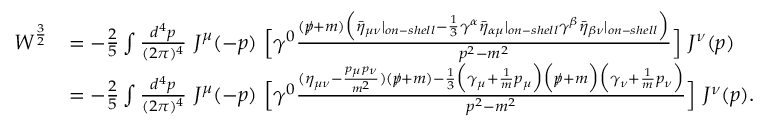
{ \begin{array} { r l } { W ^ { \frac { 3 } { 2 } } } & { = - { \frac { 2 } { 5 } } \int { \frac { d ^ { 4 } p } { ( 2 \pi ) ^ { 4 } } } ~ J ^ { \mu } ( - p ) ~ { \Big [ } \gamma ^ { 0 } { \frac { ( p \! \! \! / + m ) { \Big ( } { \bar { \eta } } _ { \mu \nu } | _ { o n - s h e l l } - { \frac { 1 } { 3 } } \gamma ^ { \alpha } { \bar { \eta } } _ { \alpha \mu } | _ { o n - s h e l l } \gamma ^ { \beta } { \bar { \eta } } _ { \beta \nu } | _ { o n - s h e l l } { \Big ) } } { p ^ { 2 } - m ^ { 2 } } } { \Big ] } ~ J ^ { \nu } ( p ) } \\ & { = - { \frac { 2 } { 5 } } \int { \frac { d ^ { 4 } p } { ( 2 \pi ) ^ { 4 } } } ~ J ^ { \mu } ( - p ) ~ { \Big [ } \gamma ^ { 0 } { \frac { ( \eta _ { \mu \nu } - { \frac { p _ { \mu } p _ { \nu } } { m ^ { 2 } } } ) ( p \! \! \! / + m ) - { \frac { 1 } { 3 } } { \Big ( } \gamma _ { \mu } + { \frac { 1 } { m } } p _ { \mu } { \Big ) } { \Big ( } p \! \! \! / + m { \Big ) } { \Big ( } \gamma _ { \nu } + { \frac { 1 } { m } } p _ { \nu } { \Big ) } } { p ^ { 2 } - m ^ { 2 } } } { \Big ] } ~ J ^ { \nu } ( p ) . } \end{array} }